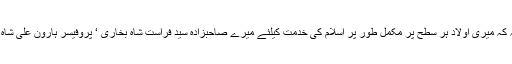
صاحبزادہ پیر سید محمد یوسف شاہ بخاری نے خطاب کرتے ہوئے کہا کہ میں اس بات پر بلا شبہ کہ میری اولاد ہر سطح پر مکمل طور پر اسلام کی خدمت کیلئے میرے صاحبزادہ سید فراست شاہ بخاری ‘ پروفیسر ہارون علی شاہ بخاری’ اور میری ایک صاحبزادی بھی بیرون ملک میں اسلام کی اشاعت کیلئے کام کر رہی ہیں۔